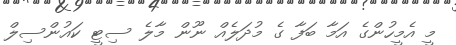
މީ އެމީހުންގެ އަމާ ބަފާ ގެ މުދަލެއް ނޫން މާލެ ސިޓީ ކައުންސިލް